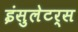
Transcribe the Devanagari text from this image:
इंसुलेटर्स